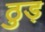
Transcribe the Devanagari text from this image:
ठुड़